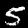
Digit: 5